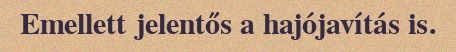
Emellett jelentős a hajójavítás is.